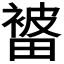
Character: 𭻭